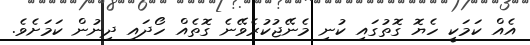
އެއް ކަމަކީ ހެޔޮ ގޮތުގައި ކުނި މެނޭޖުކުރެވޭނެ ގޮތެއް ހޯދައި ދިނުން ކަމަށެވެ.